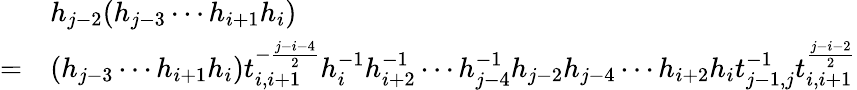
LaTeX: \begin{array}{rl}&{h_{j-2}(h_{j-3}\cdots h_{i+1}h_{i})}\\ {=}&{(h_{j-3}\cdots h_{i+1}h_{i})t_{i,i+1}^{-\frac{j-i-4}{2}}h_{i}^{-1}h_{i+2}^{-1}\cdots h_{j-4}^{-1}h_{j-2}h_{j-4}\cdots h_{i+2}h_{i}t_{j-1,j}^{-1}t_{i,i+1}^{\frac{j-i-2}{2}}}\end{array}